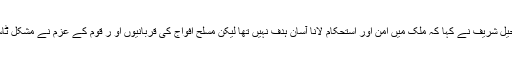
اس موقع پر آرمی چیف جنرل راحیل شریف نے کہا کہ ملک میں امن اور استحکام لانا آسان ہدف نہیں تھا لیکن مسلح افواج کی قربانیوں او ر قوم کے عزم نے مشکل ٹاسک کو پورا کرنے میں مدد دی ۔